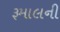
રૂમાલની